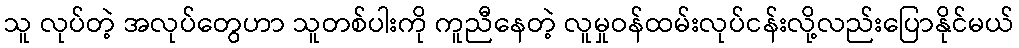
သူ လုပ်တဲ့ အလုပ်တွေဟာ သူတစ်ပါးကို ကူညီနေတဲ့ လူမှုဝန်ထမ်းလုပ်ငန်းလို့လည်းပြောနိုင်မယ်